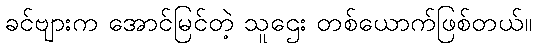
ခင်ဗျားက အောင်မြင်တဲ့ သူဌေး တစ်ယောက်ဖြစ်တယ်။